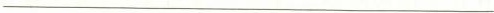
___